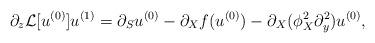
LaTeX: \begin{align*}\partial_z\mathcal{L}[u^{(0)}]u^{(1)}=\partial_Su^{(0)}-\partial_Xf(u^{(0)})-\partial_X(\phi_X^2\partial_y^2)u^{(0)},\end{align*}